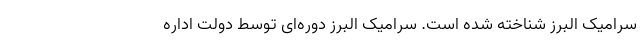
سرامیک البرز شناخته شده‌ است. سرامیک البرز دوره‌ای توسط دولت اداره